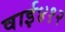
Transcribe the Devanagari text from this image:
वाई४१२